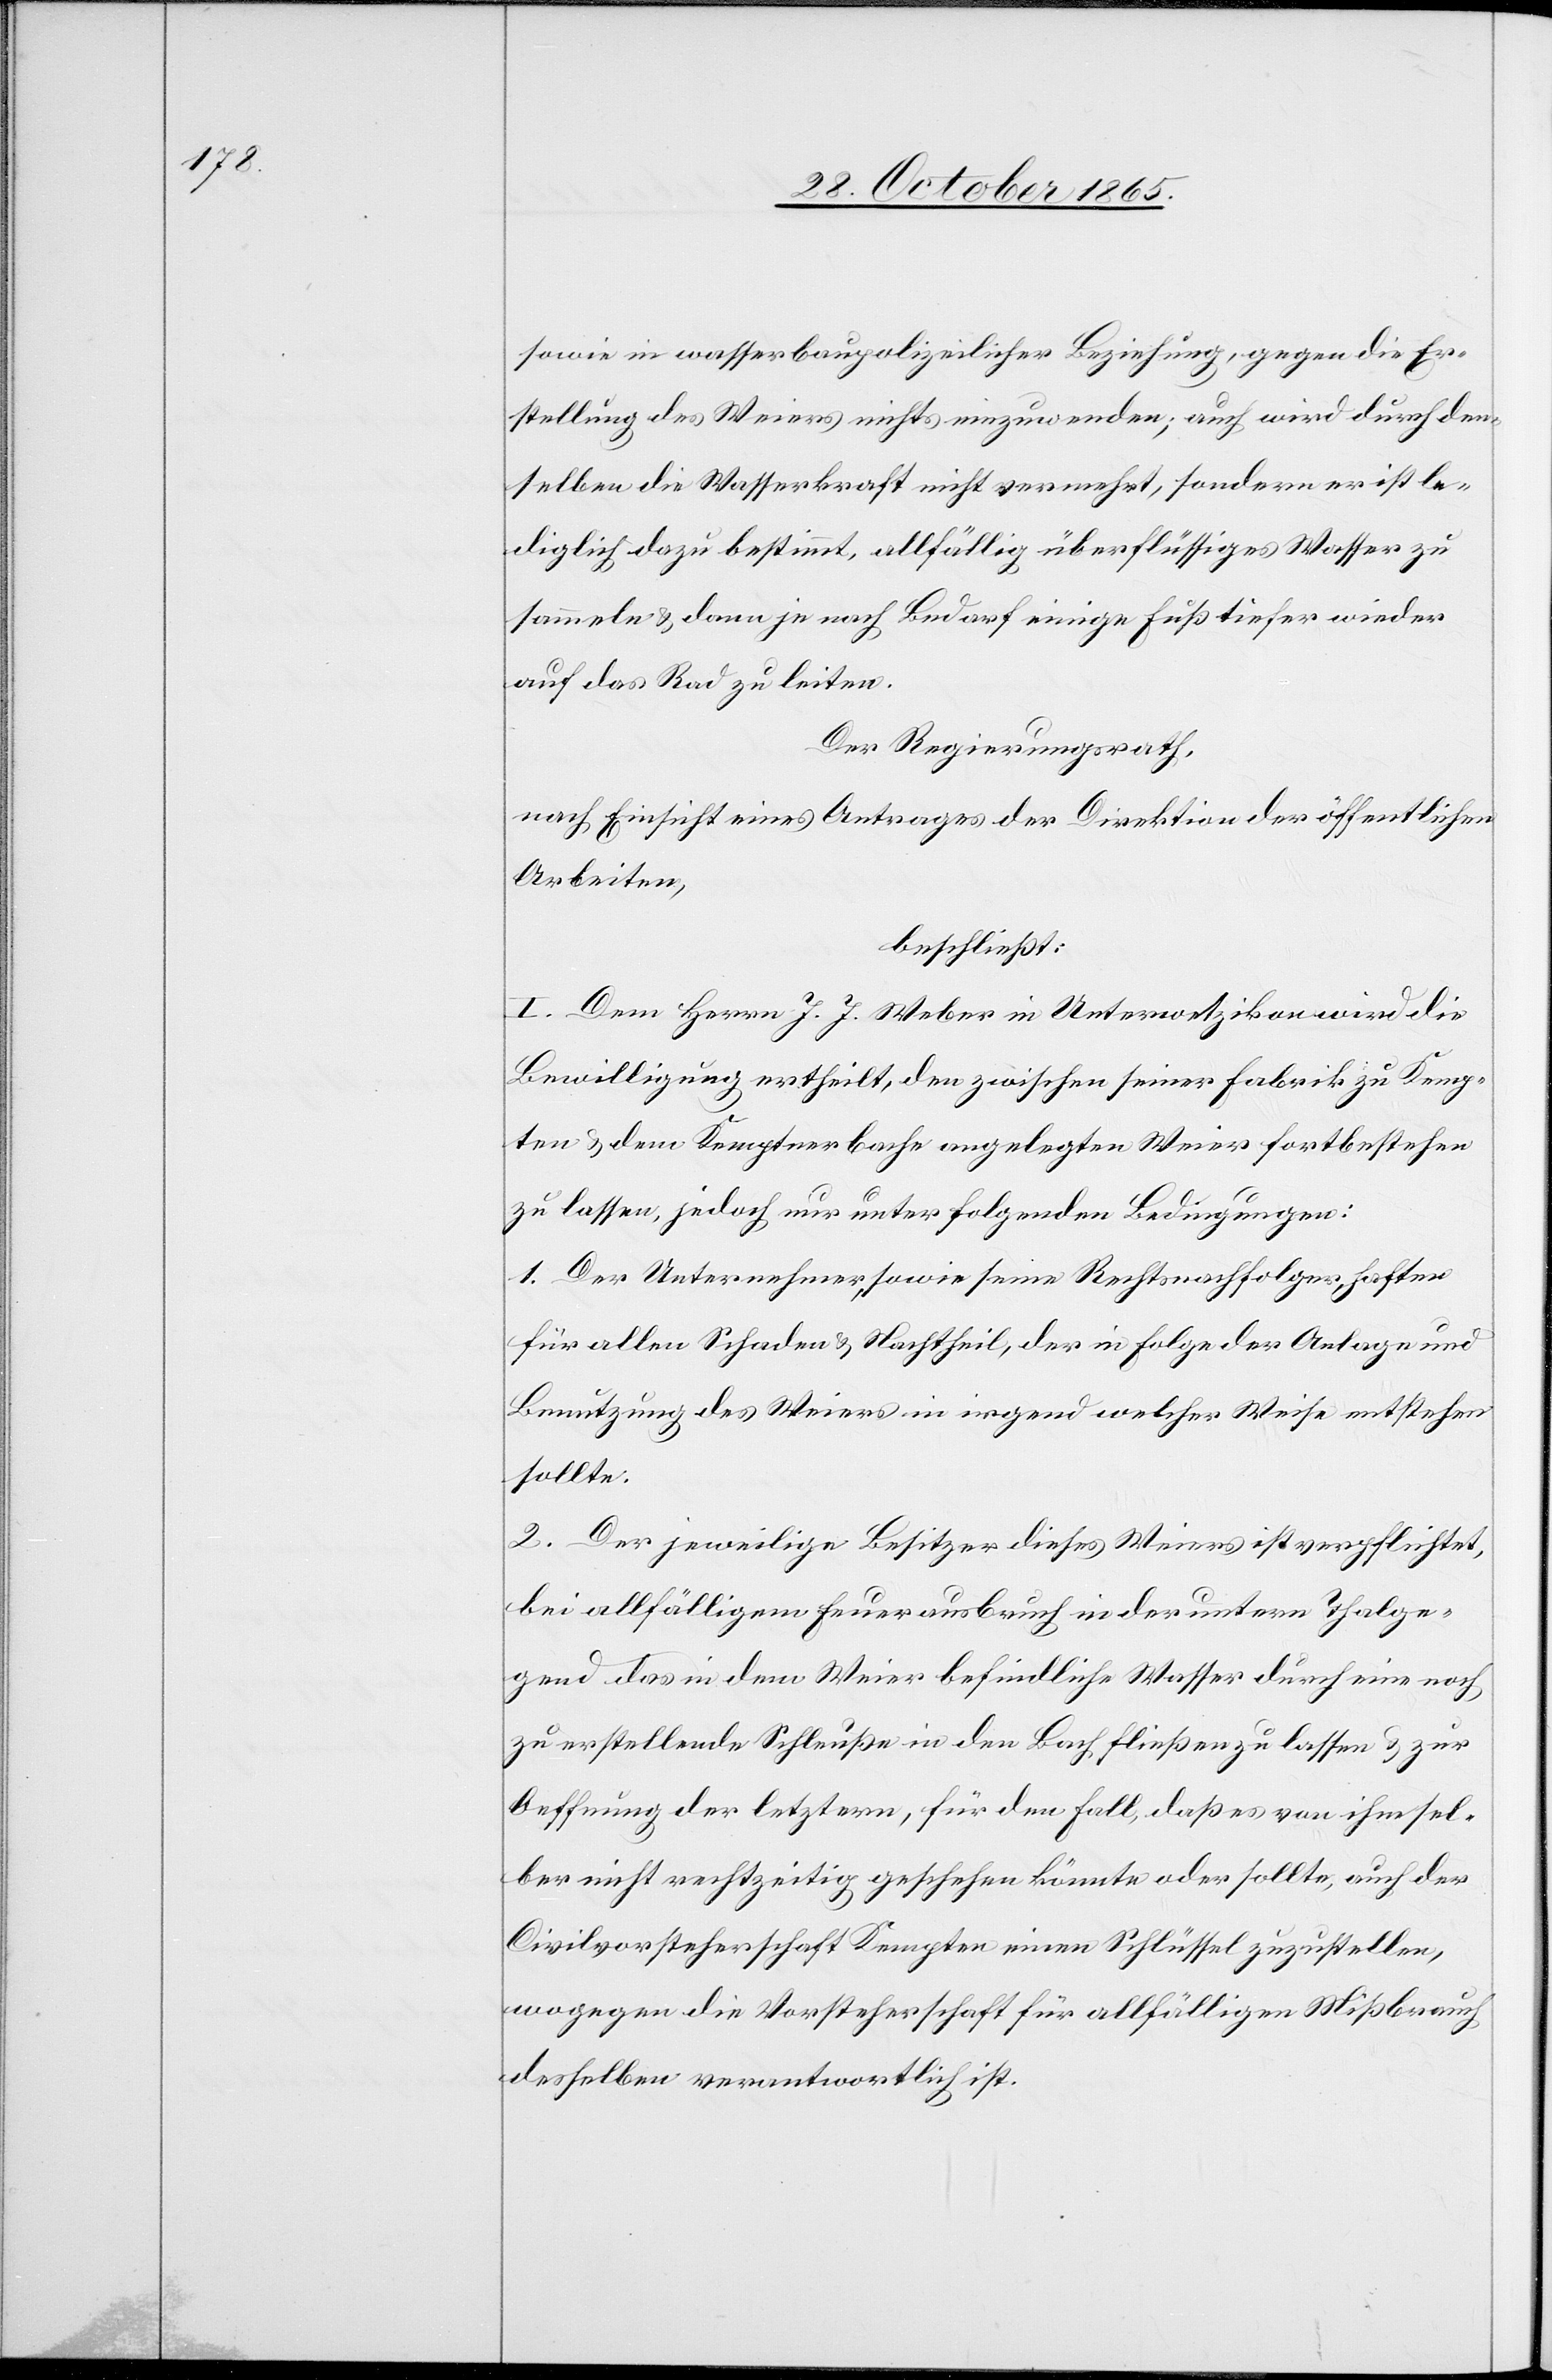
sowie in wasserbaupolizeilicher Beziehung, gegen die Er¬
stellung des Weiers nichts einzuwenden; auch wird durch den¬
selben die Wasserkraft nicht vermehrt, sondern er ist le¬
diglich dazu bestimmt, allfällig überflüssiges Wasser zu
sammeln & dann je nach Bedarf einige Fuß tiefer wieder
auf das Rad zu leiten.
Der Regierungsrath,
nach Einsicht eines Antrages der Direktion der öffentlichen
Arbeiten,
beschließt:
I. Dem Herrn J. J. Weber in Unterwetzikon wird die
Bewilligung ertheilt, den zwischen seiner Fabrik zu Kemp¬
ten & dem Kemptnerbache angelegten Weier fortbestehen
zu lassen, jedoch nur unter folgenden Bedingungen:
1. Der Unternehmer, sowie seine Rechtsnachfolger haften
für allen Schaden & Nachtheil, der in Folge der Anlage und
Benutzung des Weiers in irgend welcher Weise entstehen
sollte.
2. Der jeweilige Besitzer dieses Weiers ist verpflichtet,
bei allfälligem Feuerausbruch in der untern Thalge¬
gend das in dem Weier befindliche Wasser durch eine noch
zu erstellende Schleuße in den Bach fließen zu lassen & zur
Oeffnung der letztern, für den Fall, daß es von ihm sel¬
ber nicht rechtzeitig geschehen könnte oder sollte, auch der
Civilvorsteherschaft Kempten einen Schlüssel zuzustellen,
wogegen die Vorsteherschaft für allfälligen Mißbrauch
desselben verantwortlich ist.